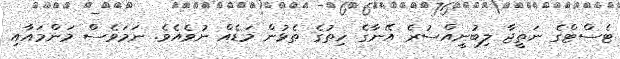
ޓެސްޓްގެ ނަތީޖާ ލިބުނީއްސުރެ އޭނާގެ ހިތުގެ ތެޅުން މަޑެއް ނުވެއެވެ. ނަމަވެސް މަންމައާއި